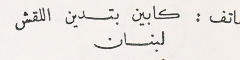
هاتف : كابين بتدين اللقش لبنان